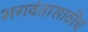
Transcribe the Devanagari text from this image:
भगवंतासाठीच